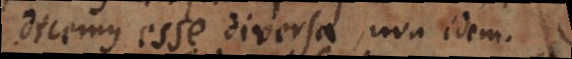
dicemus esse diversa, non idem.